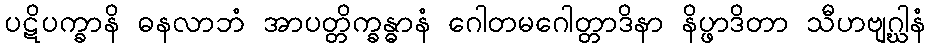
ပဋိပက္ခာနိ ဓနလာဘံ အာပတ္တိက္ခန္ဓာနံ ဂေါတမဂေါတ္တာဒိနာ နိပ္ဖာဒိတာ သီဟဗျဂ္ဃါနံ